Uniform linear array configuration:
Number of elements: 16
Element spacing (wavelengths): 1
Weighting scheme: uniform
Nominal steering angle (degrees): -60
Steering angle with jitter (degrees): -61.923
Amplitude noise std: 0.05
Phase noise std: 0.05

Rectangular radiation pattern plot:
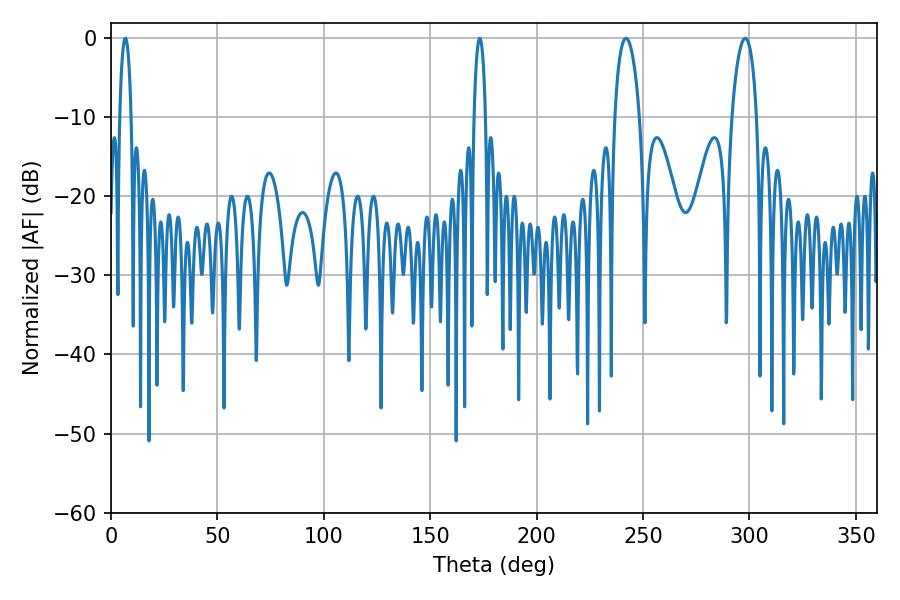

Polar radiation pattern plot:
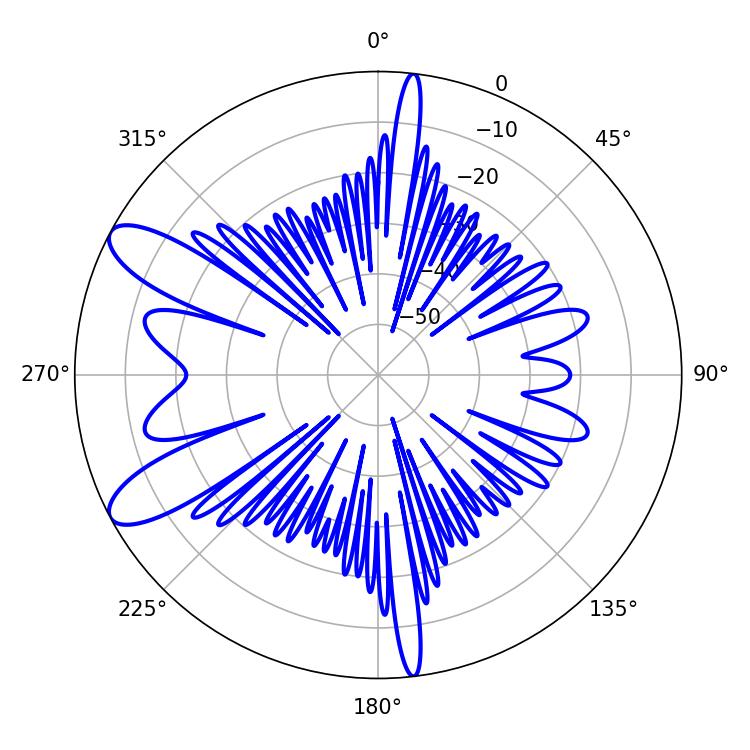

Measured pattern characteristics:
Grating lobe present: TRUE
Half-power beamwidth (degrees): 6.66
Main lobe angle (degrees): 241.92